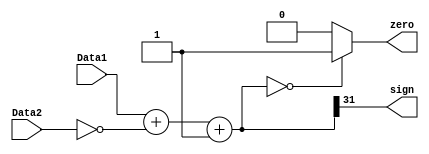
`timescale 1ns / 1ps
//////////////////////////////////////////////////////////////////////////////////
// Company: 
// Engineer: 
// 
// Design Name: 
// Module Name: Branch
// Project Name: 
// Target Devices: 
// Tool Versions: 
// Description: 
// 
// Dependencies: 
// 
// Revision:
// Revision 0.01 - File Created
// Additional Comments:
// 
//////////////////////////////////////////////////////////////////////////////////


module Branch
(
   input [31:0]Data1,
   input [31:0]Data2,
   output sign,
   output zero

    );
    assign sign=(Data1+~Data2+1)>>31;
    assign zero=((Data1+~Data2+1)==32'b0)?1'b1:1'b0;
endmodule